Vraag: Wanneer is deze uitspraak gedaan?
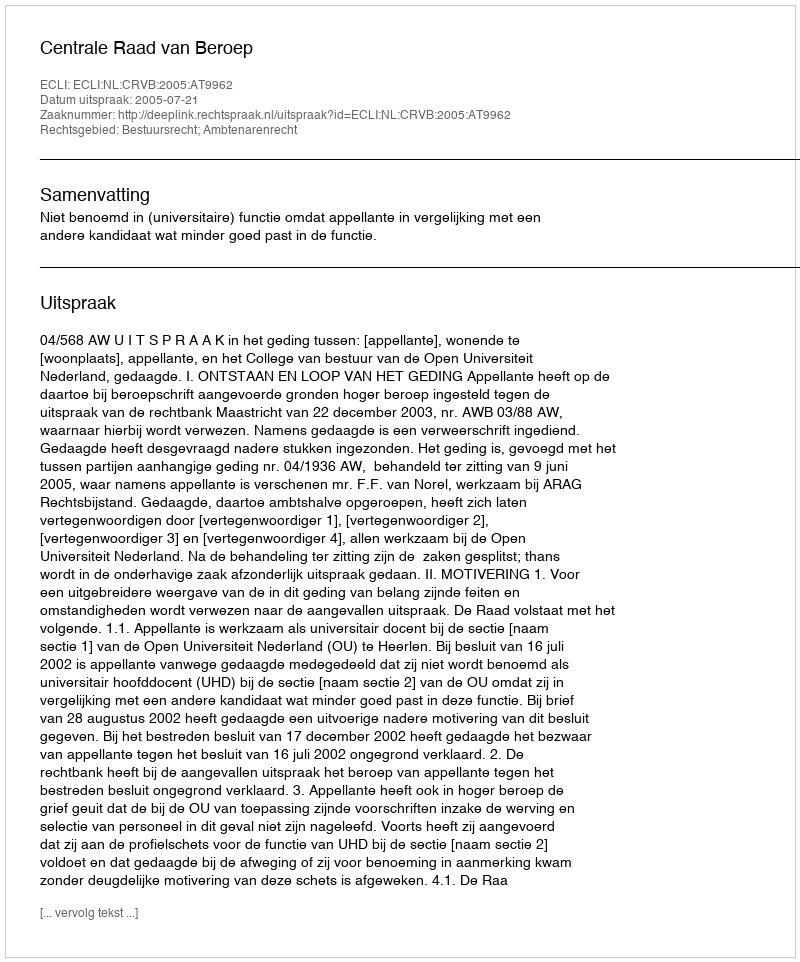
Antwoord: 2005-07-21